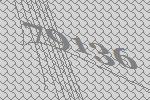
79136